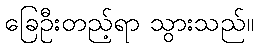
ခြေဦးတည့်ရာ သွားသည်။